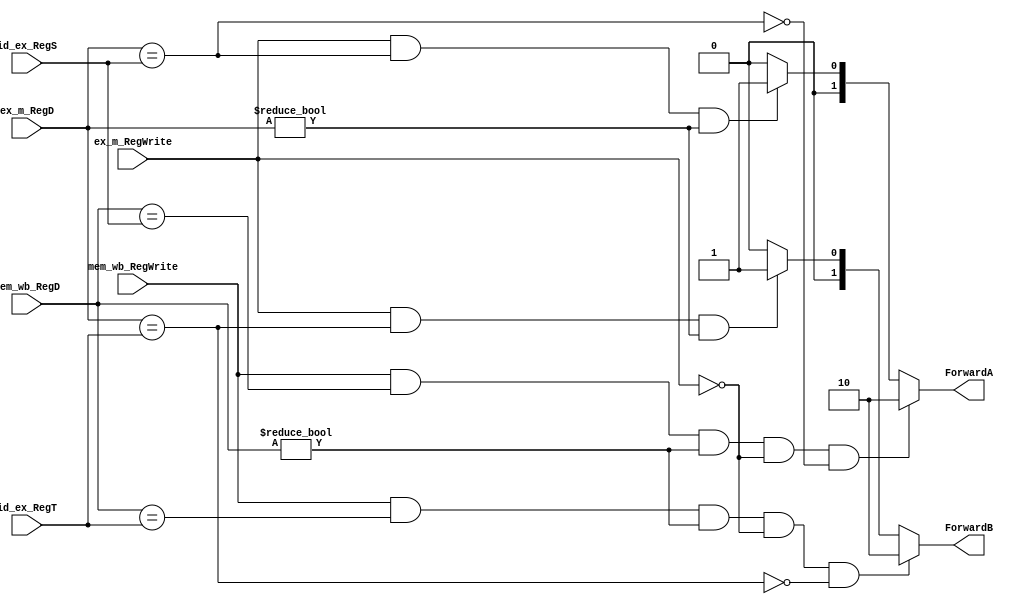
`timescale 1ns/1ns
module ForwardingUnit(  id_ex_RegT, id_ex_RegS, // third and second argumants
			ex_m_RegD, ex_m_RegWrite, //Register destinations
			ForwardA, ForwardB, // Mux controls
		    mem_wb_RegD, mem_wb_RegWrite); // write signals 

	input [4:0] id_ex_RegT,id_ex_RegS,ex_m_RegD,mem_wb_RegD;
	input ex_m_RegWrite,mem_wb_RegWrite;

	output [1:0] ForwardA,ForwardB;

	assign ForwardA = ( mem_wb_RegWrite == 1) &&
		 ( mem_wb_RegD == id_ex_RegS ) &&
		 ( mem_wb_RegD != 0) &&
            !( ex_m_RegWrite == 1) &&
		 	!( ex_m_RegD == id_ex_RegS )
         ? 2:  
			( ex_m_RegWrite == 1) &&
		 	( ex_m_RegD == id_ex_RegS ) &&
		 	( ex_m_RegD != 0) ? 1 : 0;

 	assign ForwardB = ( mem_wb_RegWrite == 1) &&
		 ( mem_wb_RegD == id_ex_RegT ) &&
		 ( mem_wb_RegD != 0) &&
            !( ex_m_RegWrite == 1) &&
		 	!( ex_m_RegD == id_ex_RegT ) 
         ? 2:
			( ex_m_RegWrite == 1) &&
		 	( ex_m_RegD == id_ex_RegT ) &&
		 	( ex_m_RegD != 0) ? 1 : 0;
endmodule